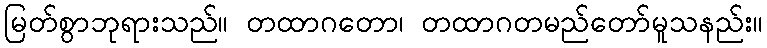
မြတ်စွာဘုရားသည်။ တထာဂတော၊ တထာဂတမည်တော်မူသနည်း။